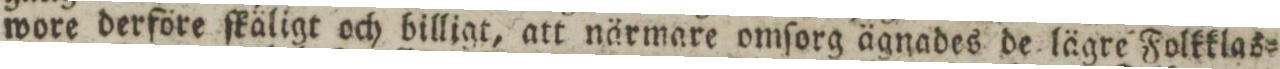
wore derföre ſkäligt och billigt, att närmare omſorg ägnades de lägre Folkklas=